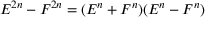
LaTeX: E ^ { 2 n } - F ^ { 2 n } = ( E ^ { n } + F ^ { n } ) ( E ^ { n } - F ^ { n } )